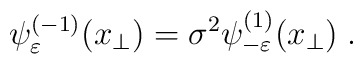
\psi _{\varepsilon }^{(-1)}(x_{\perp })=\sigma ^{2}\psi _{-\varepsilon}^{(1)}(x_{\perp })\;.